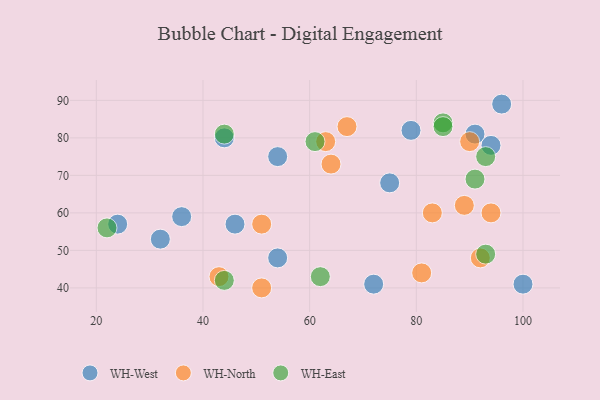
{"axis": {"x": "GDP", "y": "Life Expectancy"}, "legend": ["WH-East", "WH-North", "WH-West"], "data": [{"x": "44", "y": 80, "type": "WH-West"}, {"x": "32", "y": 53, "type": "WH-West"}, {"x": "36", "y": 59, "type": "WH-West"}, {"x": "54", "y": 48, "type": "WH-West"}, {"x": "91", "y": 81, "type": "WH-West"}, {"x": "54", "y": 75, "type": "WH-West"}, {"x": "79", "y": 82, "type": "WH-West"}, {"x": "75", "y": 68, "type": "WH-West"}, {"x": "46", "y": 57, "type": "WH-West"}, {"x": "100", "y": 41, "type": "WH-West"}, {"x": "24", "y": 57, "type": "WH-West"}, {"x": "94", "y": 78, "type": "WH-West"}, {"x": "72", "y": 41, "type": "WH-West"}, {"x": "96", "y": 89, "type": "WH-West"}, {"x": "51", "y": 40, "type": "WH-North"}, {"x": "43", "y": 43, "type": "WH-North"}, {"x": "51", "y": 57, "type": "WH-North"}, {"x": "81", "y": 44, "type": "WH-North"}, {"x": "94", "y": 60, "type": "WH-North"}, {"x": "89", "y": 62, "type": "WH-North"}, {"x": "83", "y": 60, "type": "WH-North"}, {"x": "64", "y": 73, "type": "WH-North"}, {"x": "90", "y": 79, "type": "WH-North"}, {"x": "92", "y": 48, "type": "WH-North"}, {"x": "67", "y": 83, "type": "WH-North"}, {"x": "63", "y": 79, "type": "WH-North"}, {"x": "93", "y": 49, "type": "WH-East"}, {"x": "44", "y": 42, "type": "WH-East"}, {"x": "62", "y": 43, "type": "WH-East"}, {"x": "22", "y": 56, "type": "WH-East"}, {"x": "85", "y": 84, "type": "WH-East"}, {"x": "91", "y": 69, "type": "WH-East"}, {"x": "61", "y": 79, "type": "WH-East"}, {"x": "85", "y": 83, "type": "WH-East"}, {"x": "44", "y": 81, "type": "WH-East"}, {"x": "93", "y": 75, "type": "WH-East"}]}